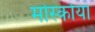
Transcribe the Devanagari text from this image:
मोर्स्काया